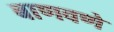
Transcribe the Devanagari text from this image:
बाणवणे